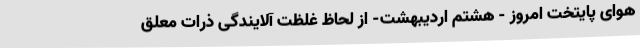
هوای پایتخت امروز - هشتم اردیبهشت- از لحاظ غلظت آلایندگی ذرات معلق